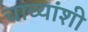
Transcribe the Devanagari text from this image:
चाच्यांशी